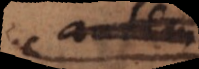
hoc autem